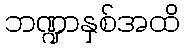
ဘဏ္ဍာနှစ်အထိ